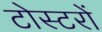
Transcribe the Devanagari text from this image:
टोस्टरों